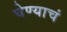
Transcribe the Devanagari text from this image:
घेण्याचं